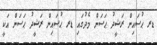
ޑރ ޙުސައިން ރަޝީދު ޙަސަން މެދުގައި ޑރ ޙުސައިން ރަޝީދު ޙަސަން އަކީ